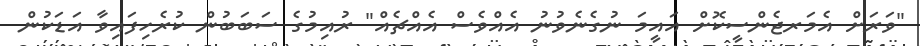
"ވަރަށް އެމަރޖެންސީކޮށް އައީމަ ނުގެނެވުނު އެއްވެސް އެއްޗެއް" ރުއިމުގެ ސަބަބުން ކުރެހިފައިވާ އަޑަކުން